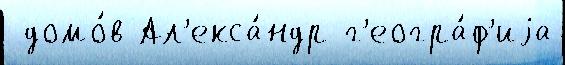
 домо́в Ал'екса́ндр г'еогра́ф'иjа